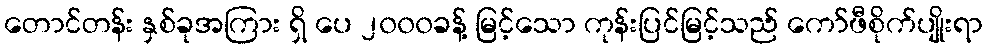
တောင်တန်း နှစ်ခုအကြား ရှိ ပေ ၂၀၀၀ခန့် မြင့်သော ကုန်းပြင်မြင့်သည် ကော်ဖီစိုက်ပျိုးရာ